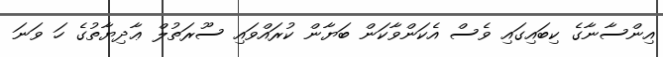
އިންސާނާގެ ކިބައިގައި ވެސް އެކަންވާކަން ބަޔާން ކުރައްވައި ސޫރަތުލް ޢާދިޔާތުގެ ހަ ވަނަ